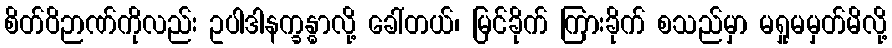
စိတ်ဝိဉာဏ်ကိုလည်း ဥပါဒါနက္ခန္ဓာလို့ ခေါ်တယ်၊ မြင်ခိုက် ကြားခိုက် စသည်မှာ မရှုမမှတ်မိလို့